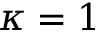
\kappa = 1